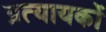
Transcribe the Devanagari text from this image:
प्रत्यायकों